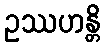
ဥဿဟန္တိ